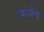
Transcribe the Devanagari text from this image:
माओंचा